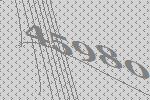
45980